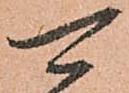
可